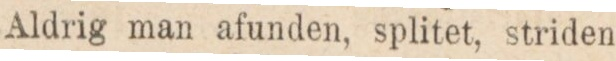
Aldrig man afunden, splitet, striden